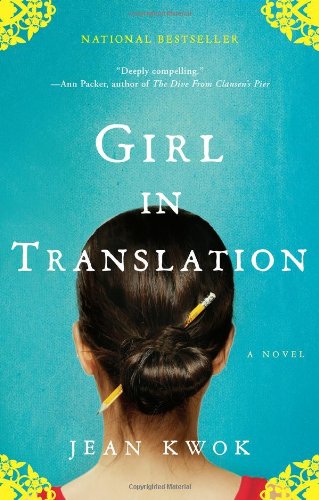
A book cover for Girl in Translation; Jean Kwok; Literature & Fiction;